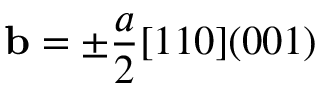
\mathbf { b } = \pm \frac { a } { 2 } [ 1 1 0 ] ( 0 0 1 )